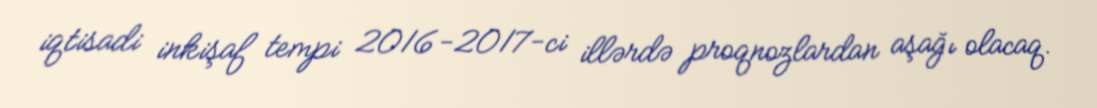
iqtisadi inkişaf tempi 2016-2017-ci illərdə proqnozlardan aşağı olacaq.